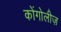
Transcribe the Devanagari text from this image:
कोंगोलीज़